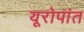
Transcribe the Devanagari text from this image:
यूरोपांत